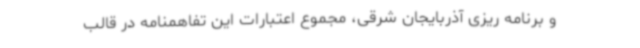
و برنامه ریزی آذربایجان شرقی، مجموع اعتبارات این تفاهمنامه در قالب